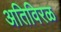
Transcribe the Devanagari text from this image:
अतिविरळ